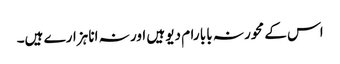
اس کے محور نہ بابا رام دیو ہیں اور نہ انا ہزارے ہیں۔